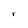
Character: r